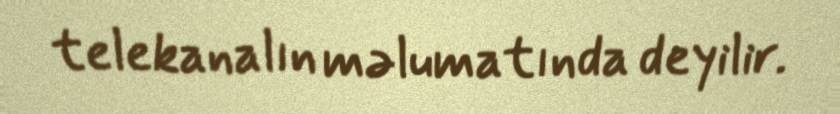
telekanalın məlumatında deyilir.